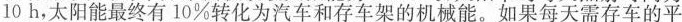
10h，太阳能最终有10%转化为汽车和存车架的机械能。如果每天需存车的平